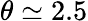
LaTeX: \theta\simeq 2.5